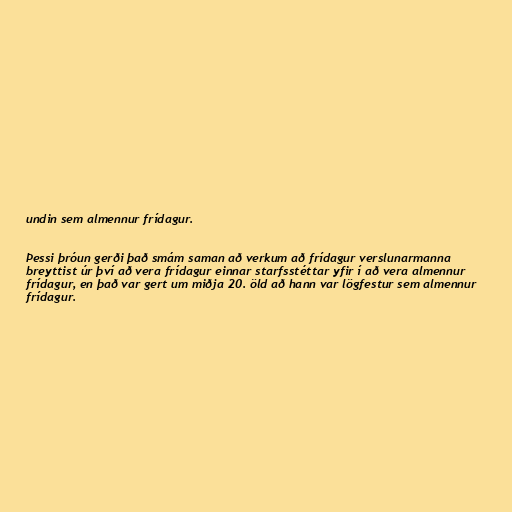
undin sem almennur frídagur.

Þessi þróun gerði það smám saman að verkum að frídagur verslunarmanna
breyttist úr því að vera frídagur einnar starfsstéttar yfir í að vera almennur
frídagur, en það var gert um miðja 20. öld að hann var lögfestur sem almennur
frídagur.